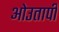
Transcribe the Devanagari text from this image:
ओउतापी